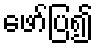
ဖော်ပြ၍